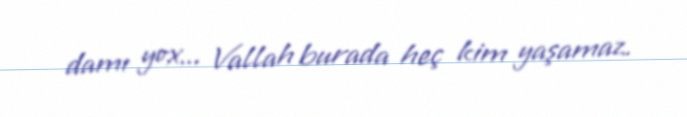
damı yox... Vallah burada heç kim yaşamaz.